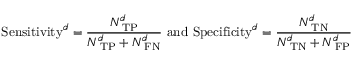
\mathrm { S e n s i t i v i t y } ^ { \boldsymbol d } = \frac { N _ { \mathrm { \scriptsize ~ T P } } ^ { \boldsymbol d } } { N _ { \mathrm { \scriptsize ~ T P } } ^ { \boldsymbol d } + N _ { \mathrm { \scriptsize ~ F N } } ^ { \boldsymbol d } } \mathrm { ~ a n d ~ } \mathrm { S p e c i f i c i t y } ^ { \boldsymbol d } = \frac { N _ { \mathrm { \scriptsize ~ T N } } ^ { \boldsymbol d } } { N _ { \mathrm { \scriptsize ~ T N } } ^ { d } + N _ { \mathrm { \scriptsize ~ F P } } ^ { \boldsymbol d } }